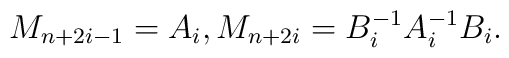
M_{n+2i-1}=A_{i}, M_{n+2i}=B_{i}^{-1}A_{i}^{-1}B_{i}.